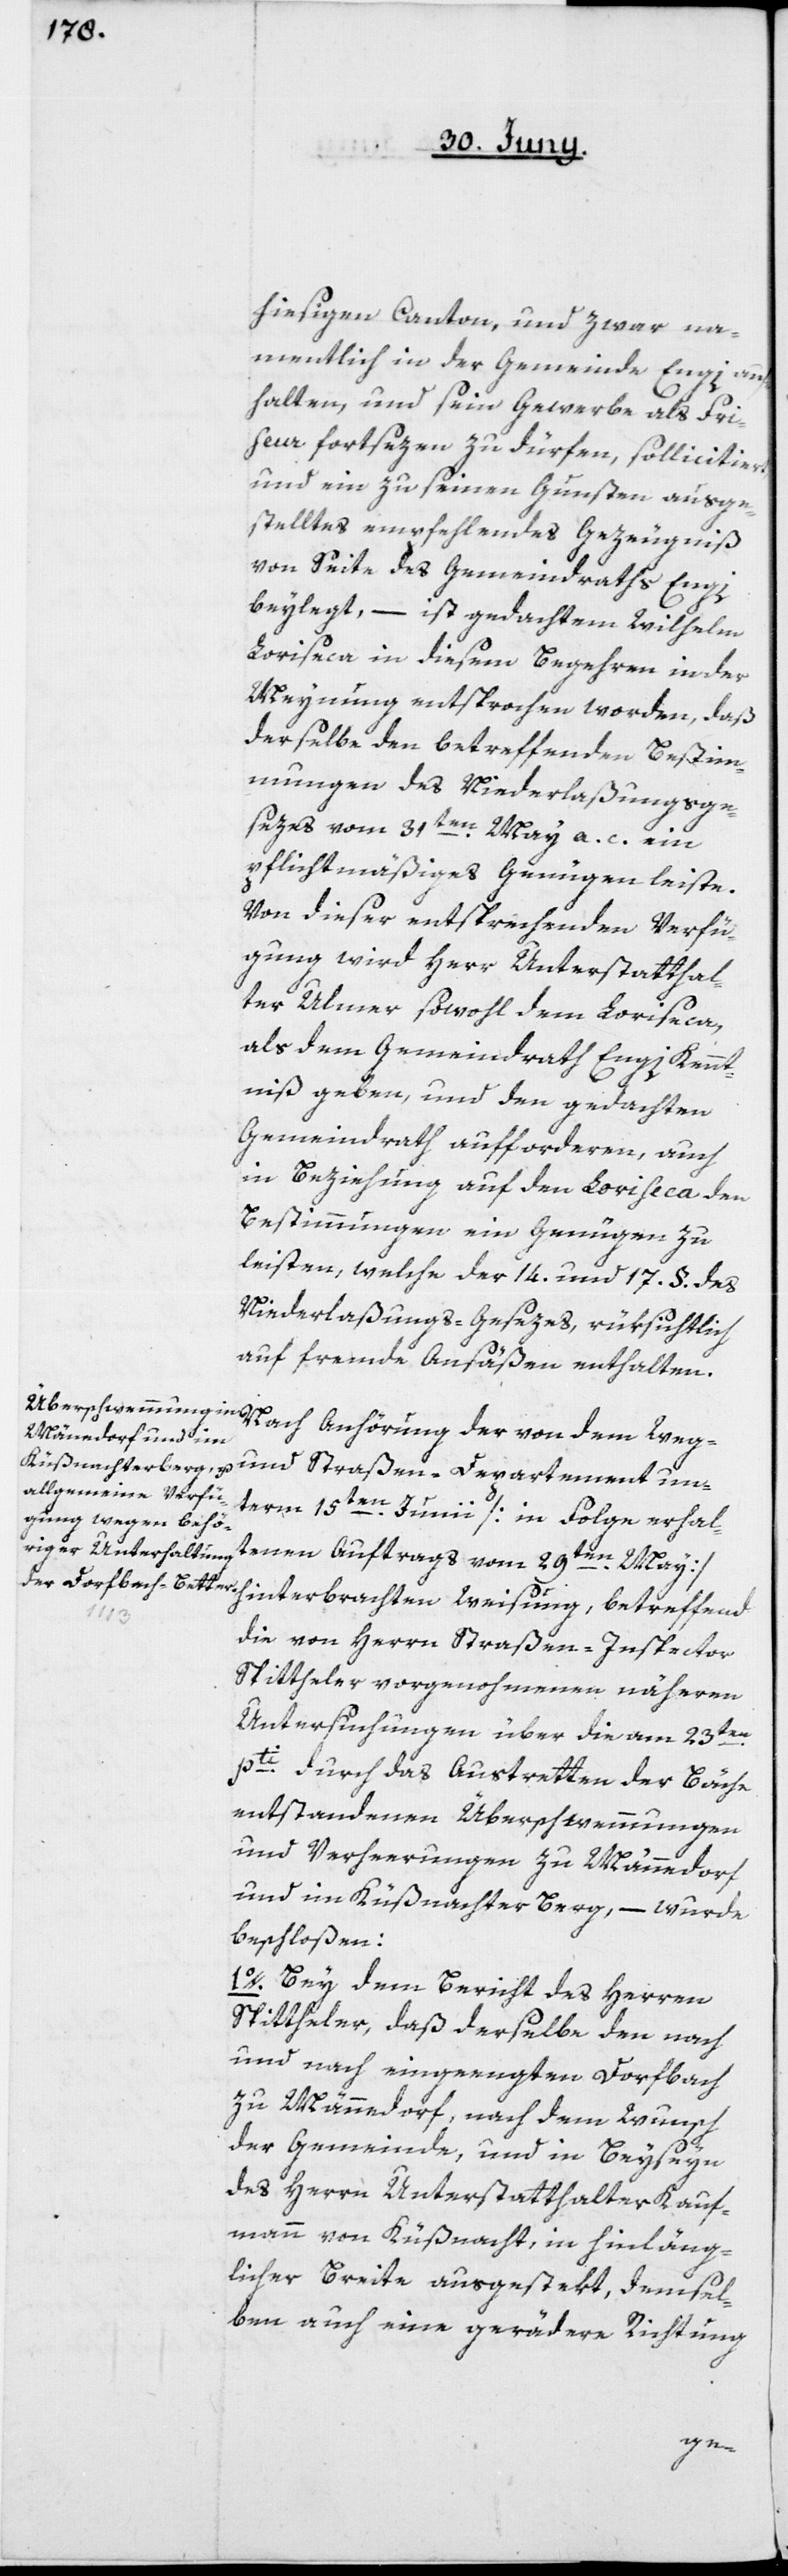
hiesigen Canton, und zwar na¬
mentlich in der Gemeinde Engi auf¬
halten, und sein Gewerbe als Fri¬
seur fortsezen zu dürfen, sollicitiert,
und ein zu seinen Gunsten ausge¬
stelltes empfehlendes Gezeugniß
von Seite des Gemeindraths Engi
beylegt, – ist gedachtem Wilhelm
Loriseca in diesem Begehren in der
Meynung entsprochen worden, daß
derselbe den betreffenden Bestim¬
mungen des Niederlaßungsge¬
sezes vom 31ten May a. c. ein
pflichtmäßiges Genügen leiste.
Von dieser entsprechenden Verfü¬
gung wird Herr Unterstatthal¬
ter Ulmer sowohl dem Loriseca,
als dem Gemeindrath Engi Kennt¬
niß geben, und den gedachten
Gemeindrath aufforderen, auch
in Beziehung auf den Loriseca den
Bestimmungen ein Genügen zu
leisten, welche der 14. und 17. §. des
Niederlaßungs-Gesezes, rüksichtlich
auf fremde Ansäßen enthalten.
und Straßen-Departement un¬
term 15ten Junii [in Folge erhal¬
tenen Auftrags vom 29ten May]
die von Herrn Straßen-Inspector
Spittheler vorgenohmenen näheren
Untersuchungen über die am 23ten
pti durch das Austretten der Bäche
entstandenen Überschwemmungen
und Verheerungen zu Männedorf
und im Küßnachter-Berg, – wurde
beschloßen:
1o. Bey dem Bericht des Herren
Spittheler, daß derselbe den nach
und nach eingeengten Dorfbach
zu Männedorf, nach dem Wunsch
der Gemeinde, und in Beyseyn
des Herrn Unterstatthalter Kauf¬
mann von Küßnacht, in hinläng¬
licher Breite ausgestekt, demsel¬
ben auch eine gerädere Richtung